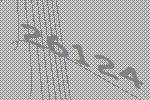
26124